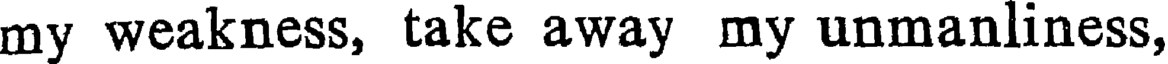
my weakness, take away my unmanliness,